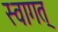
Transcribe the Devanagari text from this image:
स्वागत्